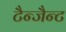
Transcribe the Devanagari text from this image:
टैन्जैन्ट